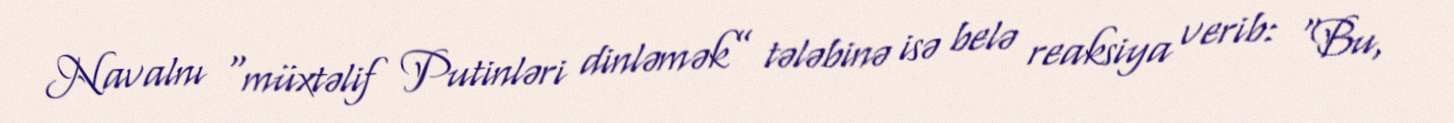
Navalnı “müxtəlif Putinləri dinləmək” tələbinə isə belə reaksiya verib: “Bu,